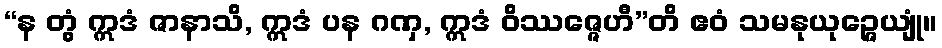
“န တွံ ဣဒံ ဇာနာသိ, ဣဒံ ပန ဂဏှ, ဣဒံ ဝိဿဇ္ဇေဟီ”တိ ဧဝံ သမနုယုဉ္ဇေယျုံ။